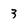
Character: 3